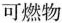
可燃物